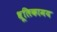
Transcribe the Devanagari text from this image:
धूलिकामय